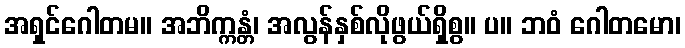
အရှင်ဂေါတမ။ အဘိက္ကန္တံ၊ အလွန်နှစ်လိုဖွယ်ရှိစွ။ ပ။ ဘဝံ ဂေါတမော၊